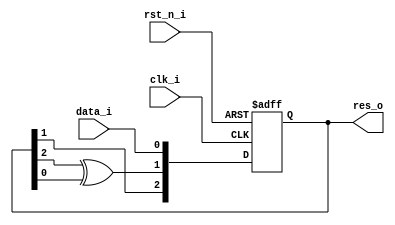
module crc_24_ble(clk_i, rst_n_i, data_i, res_o);
   
   parameter POLYNOM = 64'b1010;

   integer i;

   function [63:0] REG_WIDTH_COUNTER;

      integer i;
      
      input [63:0] polynom;
      
      for (i = 0; i <64; i = i + 1) 
	if (polynom[i])
	  REG_WIDTH_COUNTER = i;
   endfunction // REG_WIDTH_COUNTER
      
   localparam REG_WIDTH = REG_WIDTH_COUNTER(POLYNOM);
  
   input 			clk_i;
   input 			rst_n_i;
   input 			data_i;
   
   output [REG_WIDTH-1:0] 	res_o;   

   reg    [REG_WIDTH-1:0] 	crc_gen;
   
   wire 			xor_v;


   always @(posedge clk_i or negedge rst_n_i)
     if (!rst_n_i)
       begin
	  crc_gen <= 0;
       end
     else
       begin
       if (POLYNOM[0])
			crc_gen[0] <=  xor_v;
		else
			crc_gen[0] <= data_i;
	  for (i = 1; i < REG_WIDTH; i = i + 1)
	    if (POLYNOM[i])
	      crc_gen[i] <= xor_v ^ crc_gen[i-1];
	    else
	      crc_gen[i] <= crc_gen[i-1];	      
       end

   assign res_o = crc_gen;
   assign xor_v = POLYNOM[0] ? crc_gen[REG_WIDTH-1] ^ data_i : crc_gen[REG_WIDTH-1] ;
   
   endmodule